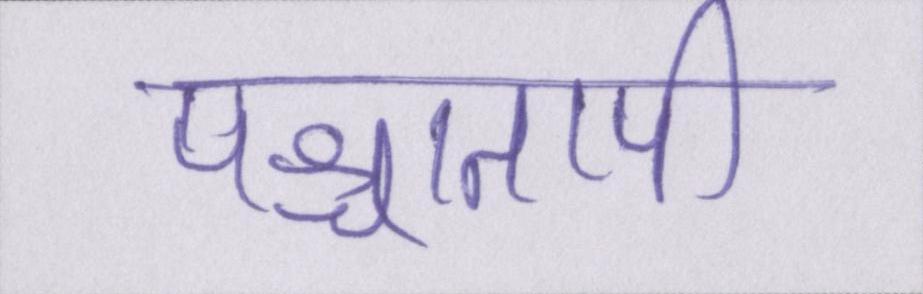
पश्चातापी